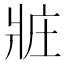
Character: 𤕸